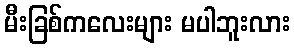
မီးခြစ်ကလေးများ မပါဘူးလား